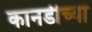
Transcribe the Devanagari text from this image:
कानडीच्या